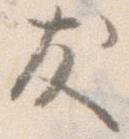
友